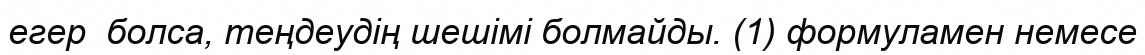
егер  болса, теңдеудің шешімі болмайды. (1) формуламен немесе